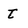
Character: t